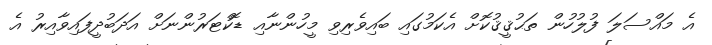
އެ މައްސަލަ ފުލުހުން ތަޙުޤީޤުކޮށް އެކަމުގައި ބައިވެރިވި މީހުންނާއި ޑޮކްޓަރުންނަށް އަދަބުދީފައިވާއިރު އެ